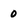
Character: 0